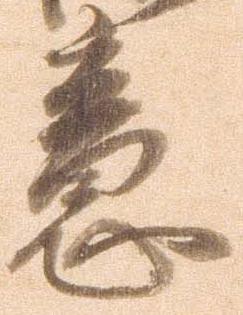
意